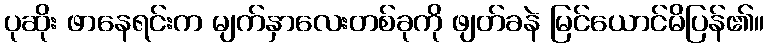
ပုဆိုး ဖာနေရင်းက မျက်နှာလေးတစ်ခုကို ဖျတ်ခနဲ မြင်ယောင်မိပြန်၏။